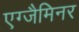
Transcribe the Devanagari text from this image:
एग्जैमिनर